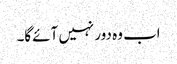
اب وہ دور نہیں آئے گا۔